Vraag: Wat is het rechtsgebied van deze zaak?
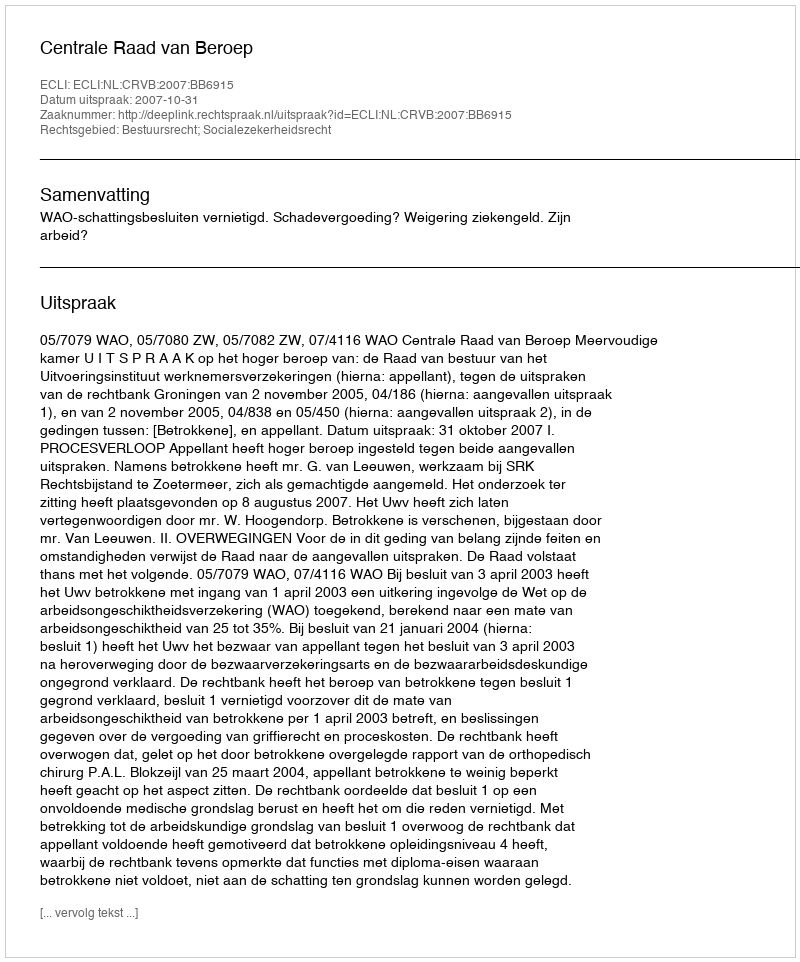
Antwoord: Bestuursrecht; Socialezekerheidsrecht